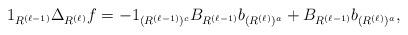
LaTeX: \begin{align*}1_{R^{(\ell-1)}} \Delta_{R^{(\ell)}} f = - 1_{(R^{(\ell-1)})^c} B_{R^{(\ell-1)}} b_{(R^{(\ell)})^a} + B_{R^{(\ell-1)}}b_{(R^{(\ell)})^a},\end{align*}